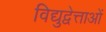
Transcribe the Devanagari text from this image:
विद्युद्वेत्ताओं